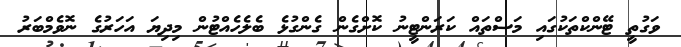
ވަގުތީ ޓޭންކްތަކުގައި މަސްތައް ކަރަންޓީނު ކޮށްގެން ގެންގުޅެ ބެލެހެއްޓުން މިދިޔަ އަހަރުގެ ނޮވެމްބަރު